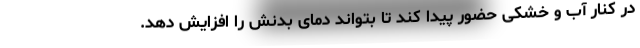
در کنار آب و خشکی حضور پیدا کند تا بتواند دمای بدنش را افزایش دهد.